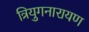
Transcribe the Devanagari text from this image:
त्रियुगनारायण